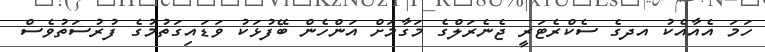
ހަމަ އެއާއެކު އދގެ ސެކްރެޓަރީ ޖެނެރަލްގެ މަގާމަށް އަންހެން ބޭފުޅަކު ވަޑައިގަތުމުގެ ފުރުސަތުވެސް